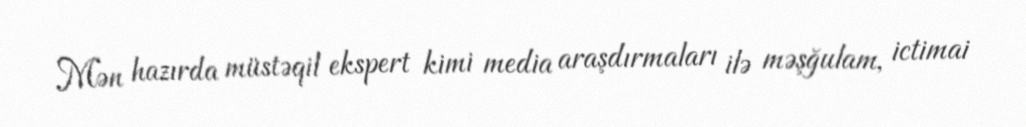
Mən hazırda müstəqil ekspert kimi media araşdırmaları ilə məşğulam, ictimai